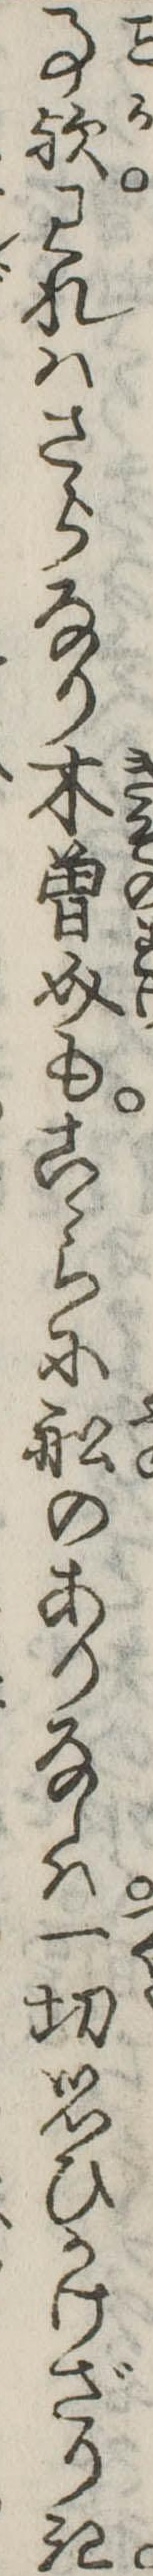
事歟われはさらなり木曽介もこゝらに船のありなしは一切思ひかけざりき